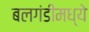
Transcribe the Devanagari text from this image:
बलगंडीमध्ये